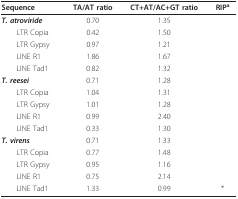
<table><thead><tr><td><b>Sequence</b></td><td><b>TA/AT ratio</b></td><td><b>CT+AT/AC+GT ratio</b></td><td><b>RIP<sup>a</sup></b></td></tr></thead><tbody><tr><td><b><i>T. atroviride</i></b></td><td>0.70</td><td>1.35</td><td></td></tr><tr><td> LTR Copia</td><td>0.42</td><td>1.50</td><td></td></tr><tr><td> LTR Gypsy</td><td>0.97</td><td>1.21</td><td></td></tr><tr><td> LINE R1</td><td>1.86</td><td>1.67</td><td></td></tr><tr><td> LINE Tad1</td><td>0.82</td><td>1.32</td><td></td></tr><tr><td><b><i>T. reesei</i></b></td><td>0.71</td><td>1.28</td><td></td></tr><tr><td> LTR Copia</td><td>1.04</td><td>1.31</td><td></td></tr><tr><td> LTR Gypsy</td><td>1.01</td><td>1.28</td><td></td></tr><tr><td> LINE R1</td><td>0.99</td><td>2.40</td><td></td></tr><tr><td> LINE Tad1</td><td>0.33</td><td>1.30</td><td></td></tr><tr><td><b><i>T. virens</i></b></td><td>0.71</td><td>1.33</td><td></td></tr><tr><td> LTR Copia</td><td>0.77</td><td>1.48</td><td></td></tr><tr><td> LTR Gypsy</td><td>0.95</td><td>1.16</td><td></td></tr><tr><td> LINE R1</td><td>0.75</td><td>2.14</td><td></td></tr><tr><td> LINE Tad1</td><td>1.33</td><td>0.99</td><td>*</td></tr></tbody></table>